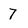
Character: 7